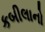
કબીલાનો